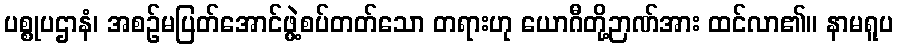
ပစ္စုပဌာနံ၊ အစဉ်မပြတ်အောင်ဖွဲ့စပ်တတ်သော တရားဟု ယောဂီတို့ဉာဏ်အား ထင်လာ၏။ နာမရူပ